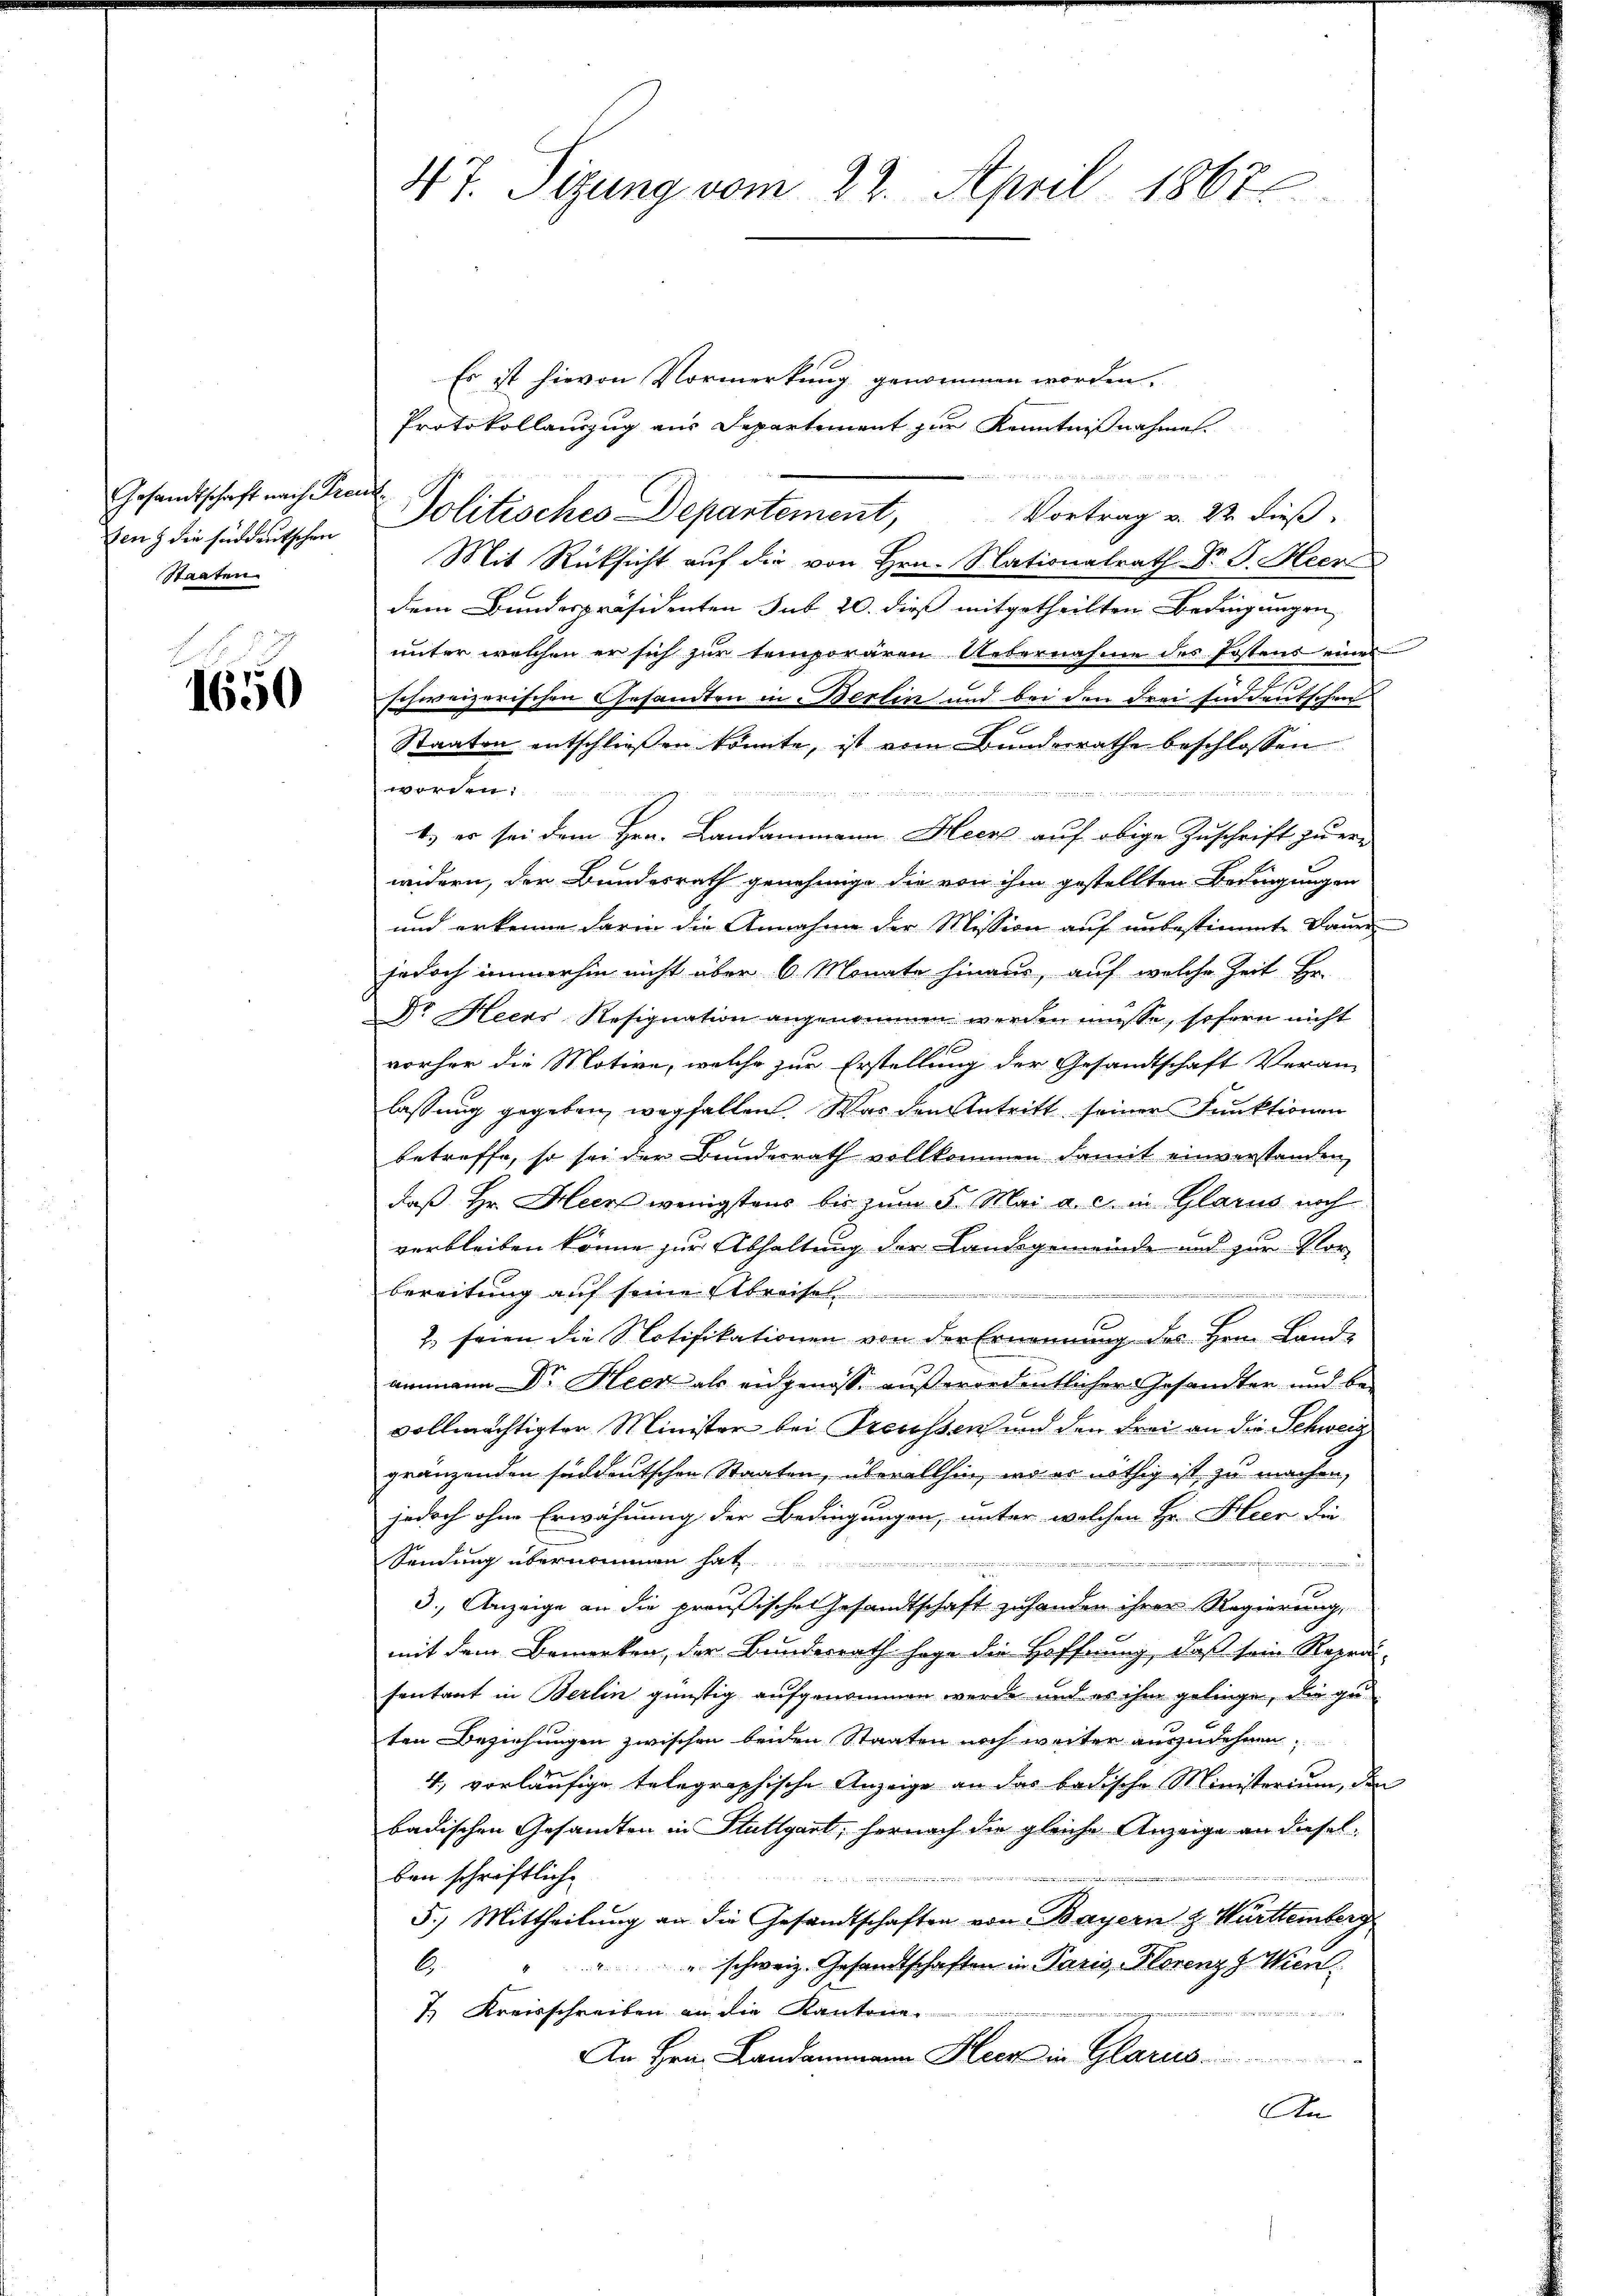
Gesandtschaft nach Frau
ten) die süddeutschen
Staaten.

1650

47. Sitzung vom 22. April 1867

Es ist hievon Vormerkung genommen worden.
Protokollanzug aus Departement zur Kenntnißnahmen.

Politisches Departement,
Vortrag v. 22 dieß
Mit Rücksicht auf die von Hrn. Nationalrath Dr G. Heer
dem Bundespräsidenten sub 20. dieß mitgetheilten Bedingungen,
unter welchen er sich zur temporären Uebernahme des Postens eines
schweizerischen Gesandten in Berlin und bei den drei Eid deutschen
Staaten entschließen könnte, ist vom Bundesrathe beschlossen
worden:
t   und mit diese
ter ein Berichtet der eben de
b.) er sei dem Hrn. Landammann Heer auf obige Zuschrift zu erwidern, der Bundesrath genehmige die von ihm gestellten Bedingungen
und erkenne darin die Annahme der Mission auf unbestimmte Dauer
jedoch immerhin nicht über 6 Monate hinaus, auf welche Zeit Hr.
Dr. Heers Resignation angenommen werden müsse, sofern nicht
vorher die Motive, welche zur Erstellung der Gesandtschaft Veran-
lassung gegeben, wegfallen. Was den Antritt seiner Funktionen
betreffe, so sei der Bundesrath vollkommen damit einverstanden,
daß Hr. Heer wenigstens bis zum 5. Mai a. c. in Glarus noch
verbleiben könne zur Abhaltung der Landsgemeinde und zur Vor-
bereitung auf seine Abreises
2., seien die Notifikationen von der Ernennung des Hrn. Land-
ammann Dr. Heer als angenosse außerordentlicher Gesandter und bevollmächtigter Minister bei Drecessen und den Frei an die Schweiz
gränzenden sendeutschen Staaten, überallhin, wo er nöthig ist zu machen,
jedoch ohne Erwähnung der Bedingungen, unter welchen Hr. Hier die
Sendung übernommen hat
i
3.) Anzeige an die preußischen Gesandtschaft zuhanden ihrer Regierung,
mit dem Bemerken, der Bundesrath sage die Hoffnung, daß sein Reredi-
sentant in Berlin günstig aufgenommen werde und es ihm gelinge, die geten Beziehungen zwischen beiden Staaten noch weiter auszudehnen,
4., vorläufige telegraphische Anzeige an das badische Ministerium, die
badischen Gesandten in Stuttgart, hernach die gleiche Anzeige an diesel
ben schriftliche
un inne sein ein mit in einer wide
5.) Mittheilung an die Gesandtschaften von Bayern & Württemberg
" schweiz. Gesandtschaften in Paris, Florenz Wien
b

7. Kreisschreiben an die Kantone.
An Hrn. Landammann Heer in Glarus.
An